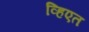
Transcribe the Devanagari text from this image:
व्हिएत